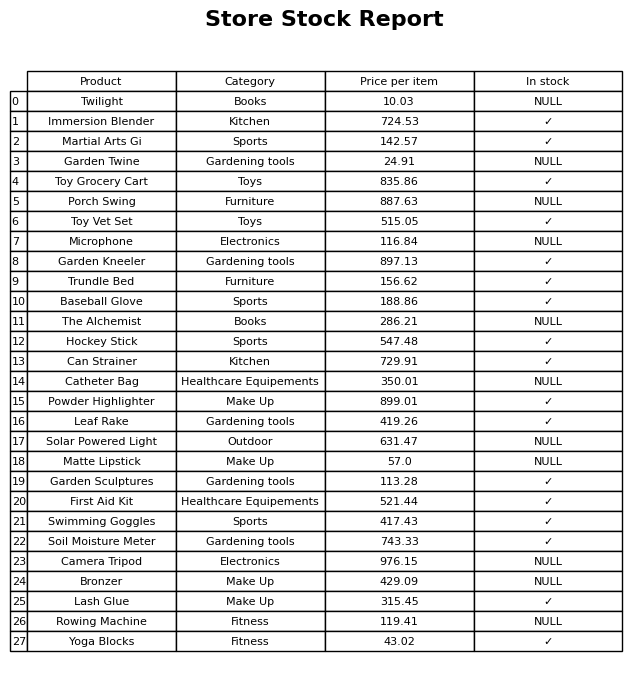
question: What is the price for Toy Vet Set?
answer: The price of Toy Vet Set is 515.05.